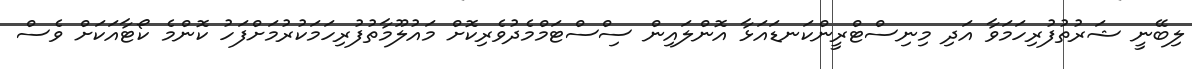
ލިބޭނީ ޝަރުތުފުރިހަމަވާ އަދި މިނިސްޓްރީންކަނޑައަޅާ އޮންލައިން ސިްސްޓަމްމެދުވެރިކޮށް މައުލޫމާތުފުރިހަމަކުރުމަށްފަހު ކޮންމެ ކޯޓާއަކަށް ވެސް